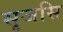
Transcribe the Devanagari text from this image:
सृजसि